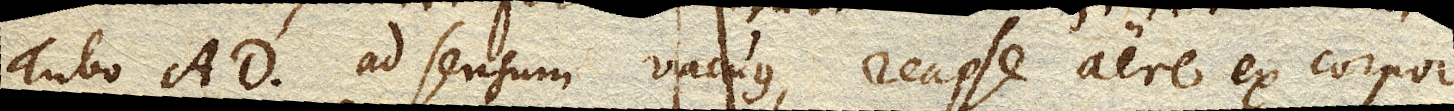
Tubo AD. ad sensum vacuus, reapse aere ex corpore